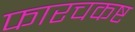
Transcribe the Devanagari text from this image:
फारचकष्ट